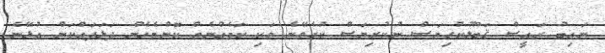
ނައިބު ރައީސް ޤަބޫލުކުރިޔަސް ނުކުރިޔަސް ކުރެވޭނެ ވަކި ކަމެއްނެތް ކޮންމެހެން ދަޅަދައްކަން އުޅޭނެ